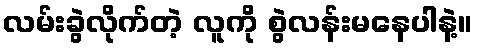
လမ်းခွဲလိုက်တဲ့ လူကို စွဲလန်းမနေပါနဲ့။